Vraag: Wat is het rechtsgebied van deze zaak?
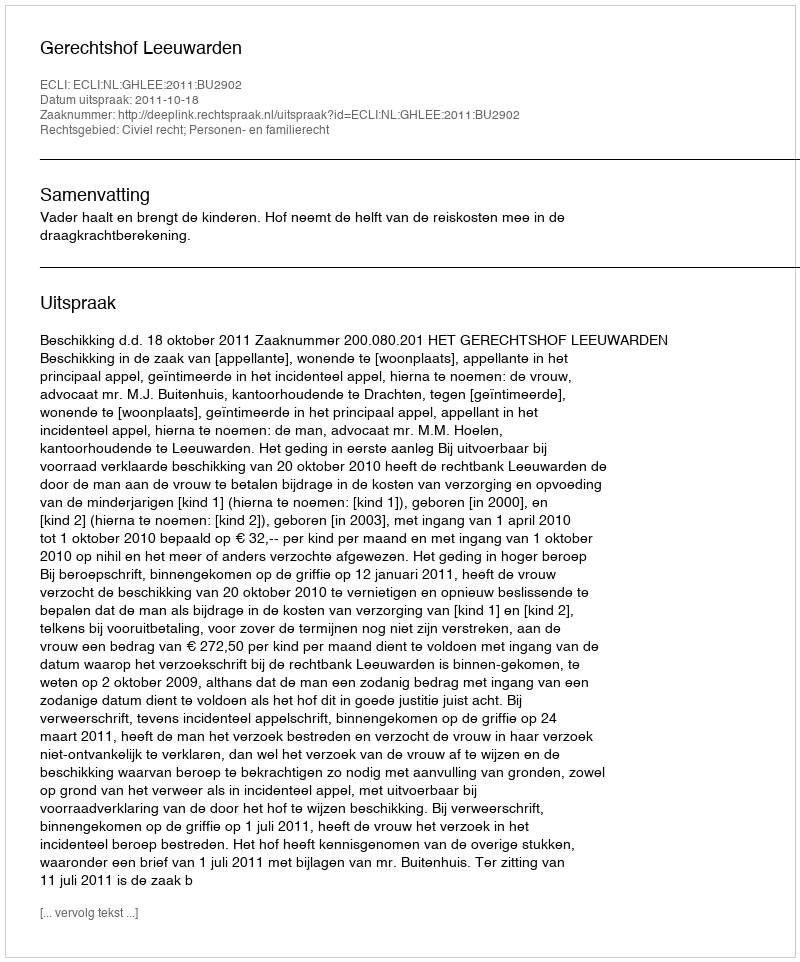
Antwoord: Civiel recht; Personen- en familierecht